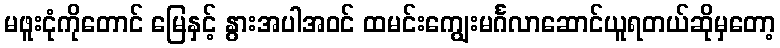
မဖူးငုံကိုတောင် မြေနှင့် နွားအပါအဝင် ထမင်းကျွေးမင်္ဂလာဆောင်ယူရတယ်ဆိုမှတော့